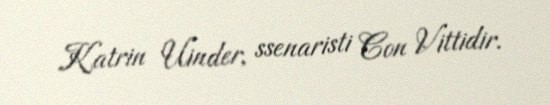
Katrin Uinder, ssenaristi Con Vittidir.